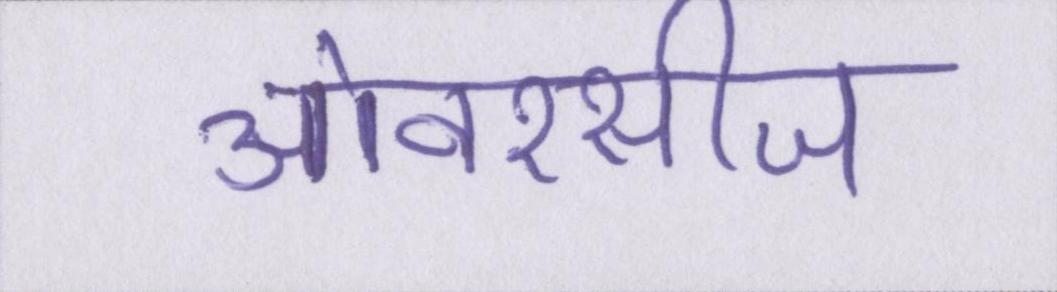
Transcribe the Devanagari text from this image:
ओवरसीज